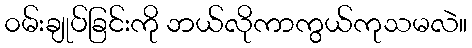
၀မ်းချုပ်ခြင်းကို ဘယ်လိုကာကွယ်ကုသမလဲ။